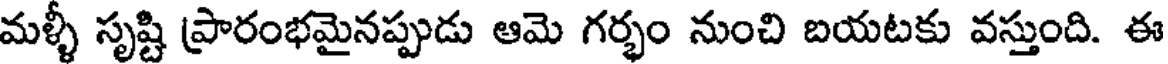
మళ్ళీ సృష్టి ప్రారంభమైనప్పుడు ఆమె గర్భం నుంచి బయటకు వస్తుంది. ఈ